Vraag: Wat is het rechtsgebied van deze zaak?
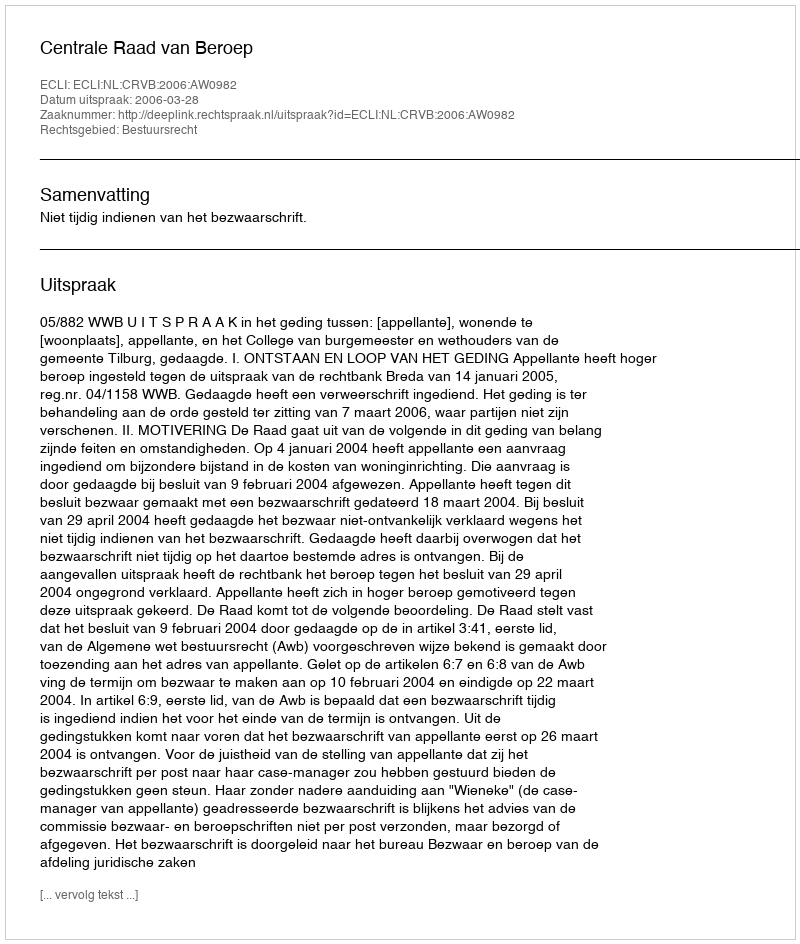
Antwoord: Bestuursrecht